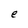
Character: e